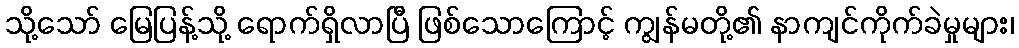
သို့သော် မြေပြန့်သို့ ရောက်ရှိလာပြီ ဖြစ်သောကြောင့် ကျွန်မတို့၏ နာကျင်ကိုက်ခဲမှုများ၊